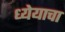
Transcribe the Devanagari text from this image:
ध्येयाचा